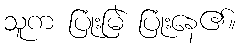
သူက ပြုံးမြဲ ပြုံးနေ၏။